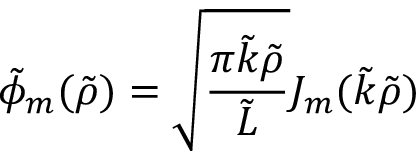
\tilde { \phi } _ { m } ( \tilde { \rho } ) = \sqrt { \frac { \pi \tilde { k } \tilde { \rho } } { \tilde { L } } } J _ { m } ( \tilde { k } \tilde { \rho } )